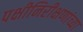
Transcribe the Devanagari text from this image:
पक्षीनिरीक्षणांच्या